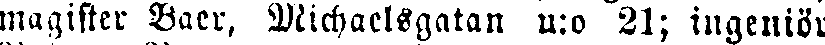
magister Baer, Michaelsgatan n:o 21; ingeniör